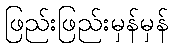
ဖြည်းဖြည်းမှန်မှန်